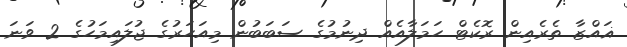
ޣައްޒާ ތެރެއިން ރޮކެޓް ހަމަލާއެއް ދިނުމުގެ ސަބަބުން މިއަހަރުގެ ޖުލައިމަހުގެ 2 ވަނަ